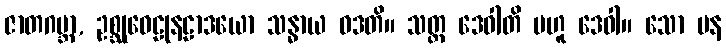
ဇာတဂဗ္ဘာ, ဥစ္ဆုဝေဠုနဠာဒယော သန္ဓာယ ဝဒတိ။ သတ္တ ဒေဝါတိ ဗဟူ ဒေဝါ။ သော ပန